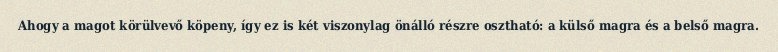
Ahogy a magot körülvevő köpeny, így ez is két viszonylag önálló részre osztható: a külső magra és a belső magra.